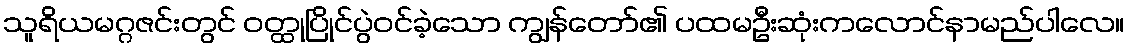
သူရိယမဂ္ဂဇင်းတွင် ဝတ္ထုပြိုင်ပွဲဝင်ခဲ့သော ကျွန်တော်၏ ပထမဦးဆုံးကလောင်နာမည်ပါလေ။